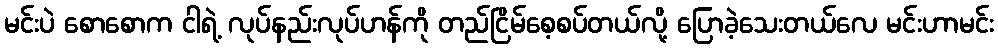
မင်းပဲ စောစောက ငါရဲ့ လုပ်နည်းလုပ်ဟန်ကို တည်ငြိမ်စေ့စပ်တယ်လို့ ပြောခဲ့သေးတယ်လေ မင်းဟာမင်း